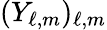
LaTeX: (Y_{\ell,m})_{\ell,m}